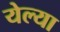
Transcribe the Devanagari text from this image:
येल्या